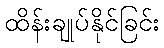
ထိန်းချုပ်နိုင်ခြင်း